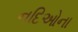
નદિઓના